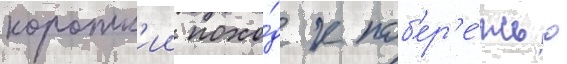
коротк'ии похо́д к поб'ер'е́жью